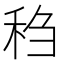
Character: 𫀬